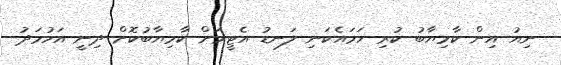
ނިއު އިން ކާމިޔާބު ކުރި ހަމައެކަނި ލަނޑު އެޓީމަށް ކާމިޔާބުކޮށް ދިނީ އަހުމަދު